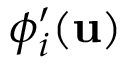
\phi _ { i } ^ { \prime } ( \mathbf { u } )